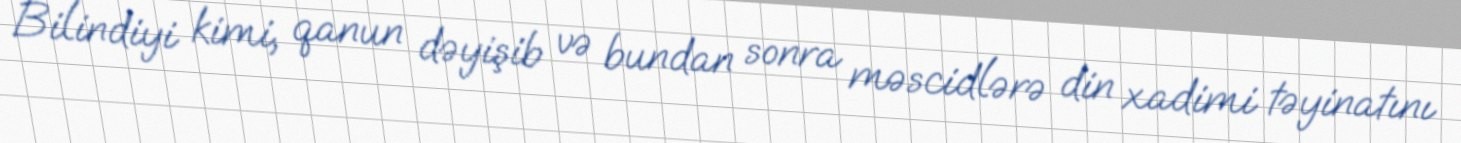
Bilindiyi kimi, qanun dəyişib və bundan sonra məscidlərə din xadimi təyinatını